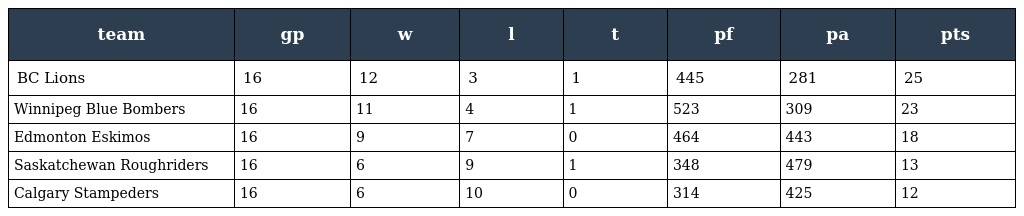
| team | gp | w | l | t | pf | pa | pts |
 | --- | --- | --- | --- | --- | --- | --- | --- |
 | BC Lions | 16 | 12 | 3 | 1 | 445 | 281 | 25 |
 | Winnipeg Blue Bombers | 16 | 11 | 4 | 1 | 523 | 309 | 23 |
 | Edmonton Eskimos | 16 | 9 | 7 | 0 | 464 | 443 | 18 |
 | Saskatchewan Roughriders | 16 | 6 | 9 | 1 | 348 | 479 | 13 |
 | Calgary Stampeders | 16 | 6 | 10 | 0 | 314 | 425 | 12 |